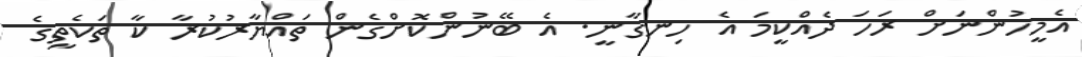
އެމީހުންނަށް ރަހަ ދެއްކީމަ އެ ހިނގާނީ. އެ ބޭނުންކޮށްގެން ތައްޔާރުކުރާ ކާ ތަކެތީގެ